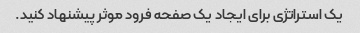
یک استراتژی برای ایجاد یک صفحه فرود موثر پیشنهاد کنید.